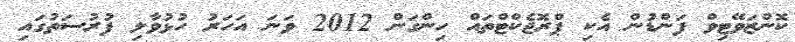
ކޮންޒަވޭޓިވް ފަންޑުން އެކި ޕްރޮޖެކްޓްތައް ހިންގަން 2012 ވަނަ އަހަރު ހުޅުވާލި ފުރުސަތުގައި